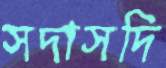
সদাসদি